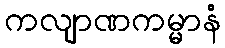
ကလျာဏကမ္မာနံ